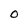
Character: O